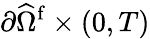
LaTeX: {\partial\widehat{\Omega}^{\mathrm{f}}}\times(0,T)